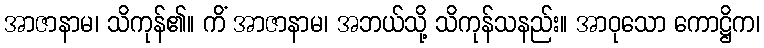
အာဇာနာမ၊ သိကုန်၏။ ကိံ အာဇာနာမ၊ အဘယ်သို့ သိကုန်သနည်း။ အာဝုသော ကောဋ္ဌိက၊